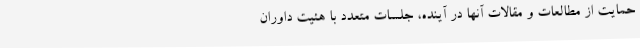
حمایت از مطالعات و مقالات آنها در آینده، جلسات متعدد با هئیت داوران